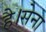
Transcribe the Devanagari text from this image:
है।सेना